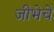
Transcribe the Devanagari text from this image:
जीभेचे